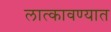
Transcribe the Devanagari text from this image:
लात्कावण्यात